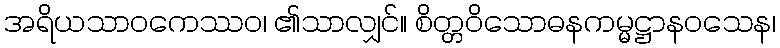
အရိယသာဝကေဿဝ၊ ၏သာလျှင်။ စိတ္တဝိသောဓနကမ္မဋ္ဌာနဝသေန၊